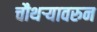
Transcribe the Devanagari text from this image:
चौथऱ्यावरुन